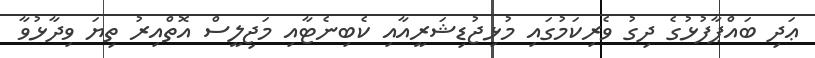
ޢަދި ބައްޕާފުޅުގެ ދިގު ވެރިކަމުގައި މުޅިޖުޑިޝަރީއާއި ކެބިނެޓާއި މަޖިލީސް އޮތްއިރު ތިޔަ ވިދާޅުވާ